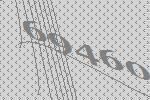
69460